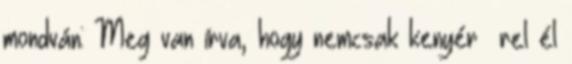
mondván: Meg van írva, hogy nemcsak kenyér− rel él